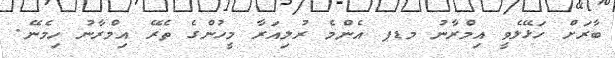
ބާރަށް ހަޅޭލެވީ އިމްރާނު މޑޕ އެންމެ ރުލިއަރާ މީހުންގެ ތެރޭ އިމްރާނު ހިމެނޭ.